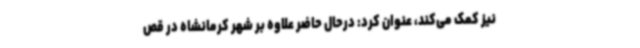
نیز کمک می‌کند، عنوان کرد: درحال حاضر علاوه بر شهر کرمانشاه در قص